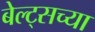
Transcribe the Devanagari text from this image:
बेल्ट्सच्या